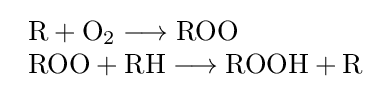
{\begin{array}{l}{{\text{R}}{}+{}\mathrm {O} {\vphantom {A}}_{\smash[{t}]{2}}{}\mathrel {\longrightarrow } {}\mathrm {ROO} }\\{{\text{ROO}}{}+{}\mathrm {RH} {}\mathrel {\longrightarrow } {}{\text{ROOH}}{}+{}\mathrm {R} }\end{array}}